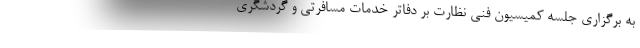
به برگزاری جلسه کمیسیون فنی نظارت بر دفاتر خدمات مسافرتی و گردشگری